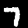
Digit: 7